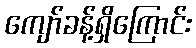
ကျော်ခန့်ရှိကြောင်း